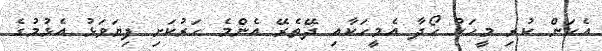
އެކަން ކުރި މީހަކު ހޯދާ އެމީހަކާއި ދޭތެރޭ އެންމެ ހަރުކަށި ފިޔަވަޅު އެޅުމުގެ